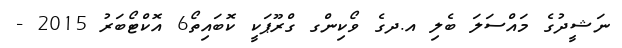
ނަޝީދުގެ މައްސަލަ ބެލި އ.ދގެ ވޯކިންގ ގްރޫޕަކީ ކޮބައިތޯ6 އޮކްޓޯބަރު 2015 -